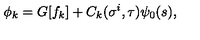
\phi _ { k } = G [ f _ { k } ] + C _ { k } ( \sigma ^ { i } , \tau ) \psi _ { 0 } ( s ) ,